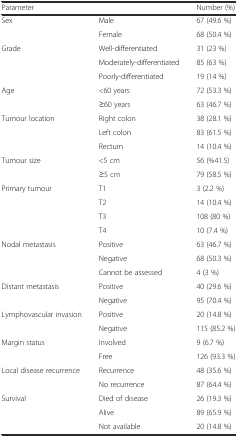
<table><thead><tr><td colspan="2"><b>Parameter</b></td><td><b>Number (%)</b></td></tr></thead><tbody><tr><td rowspan="2">Sex</td><td>Male</td><td>67 (49.6 %)</td></tr><tr><td>Female</td><td>68 (50.4 %)</td></tr><tr><td rowspan="3">Grade</td><td>Well-differentiated</td><td>31 (23 %)</td></tr><tr><td>Moderately-differentiated</td><td>85 (63 %)</td></tr><tr><td>Poorly-differentiated</td><td>19 (14 %)</td></tr><tr><td rowspan="2">Age</td><td>&lt;60 years</td><td>72 (53.3 %)</td></tr><tr><td>≥60 years</td><td>63 (46.7 %)</td></tr><tr><td rowspan="3">Tumour location</td><td>Right colon</td><td>38 (28.1 %)</td></tr><tr><td>Left colon</td><td>83 (61.5 %)</td></tr><tr><td>Rectum</td><td>14 (10.4 %)</td></tr><tr><td rowspan="2">Tumour size</td><td>&lt;5 cm</td><td>56 (%41.5)</td></tr><tr><td>≥5 cm</td><td>79 (58.5 %)</td></tr><tr><td rowspan="4">Primary tumour</td><td>T1</td><td>3 (2.2 %)</td></tr><tr><td>T2</td><td>14 (10.4 %)</td></tr><tr><td>T3</td><td>108 (80 %)</td></tr><tr><td>T4</td><td>10 (7.4 %)</td></tr><tr><td rowspan="3">Nodal metastasis</td><td>Positive</td><td>63 (46.7 %)</td></tr><tr><td>Negative</td><td>68 (50.3 %)</td></tr><tr><td>Cannot be assessed</td><td>4 (3 %)</td></tr><tr><td rowspan="2">Distant metastasis</td><td>Positive</td><td>40 (29.6 %)</td></tr><tr><td>Negative</td><td>95 (70.4 %)</td></tr><tr><td rowspan="2">Lymphovascular invasion</td><td>Positive</td><td>20 (14.8 %)</td></tr><tr><td>Negative</td><td>115 (85.2 %)</td></tr><tr><td rowspan="2">Margin status</td><td>Involved</td><td>9 (6.7 %)</td></tr><tr><td>Free</td><td>126 (93.3 %)</td></tr><tr><td rowspan="2">Local disease recurrence</td><td>Recurrence</td><td>48 (35.6 %)</td></tr><tr><td>No recurrence</td><td>87 (64.4 %)</td></tr><tr><td rowspan="3">Survival</td><td>Died of disease</td><td>26 (19.3 %)</td></tr><tr><td>Alive</td><td>89 (65.9 %)</td></tr><tr><td>Not available</td><td>20 (14.8 %)</td></tr></tbody></table>